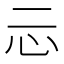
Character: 忈